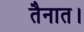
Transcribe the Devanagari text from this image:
तैनात।